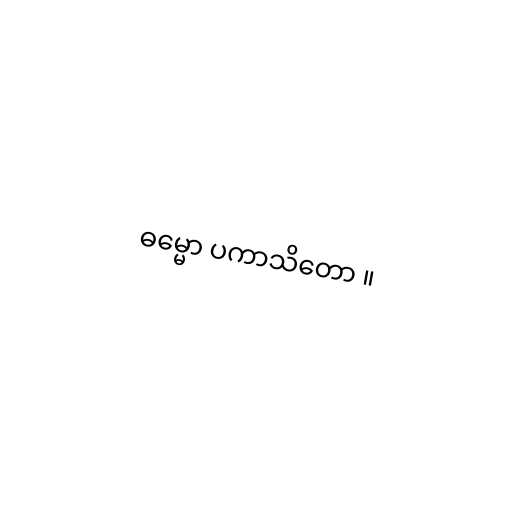
ဓမ္မော ပကာသိတော ။